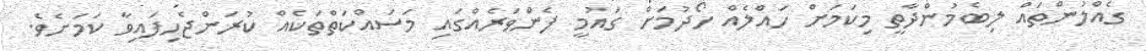
ގެއްލުންތައް ލިބެމުންދާތީ މިކަމަށް ހައްލެއް ހޯދުމަށް ގައުމީ ފެންވަރެއްގައި މަސައްކަތްތަކެއް ކުރަންޖެހިފައިވާ ކަމަށެވެ.